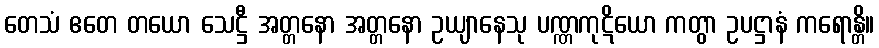
တေသံ ဧတေ တယော သေဋ္ဌီ အတ္တနော အတ္တနော ဥယျာနေသု ပဏ္ဏကုဋိယော ကတွာ ဥပဋ္ဌာနံ ကရောန္တိ။